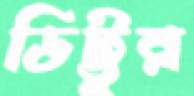
ডিট্টুর